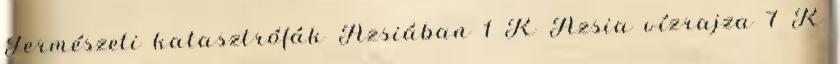
Természeti katasztrófák Ázsiában‎ 1 K Ázsia vízrajza‎ 7 K